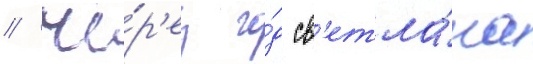
// Че́р'ез го́д св'етла́на